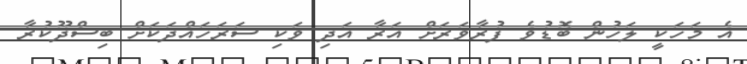
އެ މަހަކީ ލަހުން ބޮޑުވެ ފުރާވަރަށް އަރާ އަދި ވަކި ސަރަހައްދަކަށް ބިސްދޫކުރާ